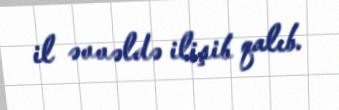
il əvvəldə ilişib qalıb.